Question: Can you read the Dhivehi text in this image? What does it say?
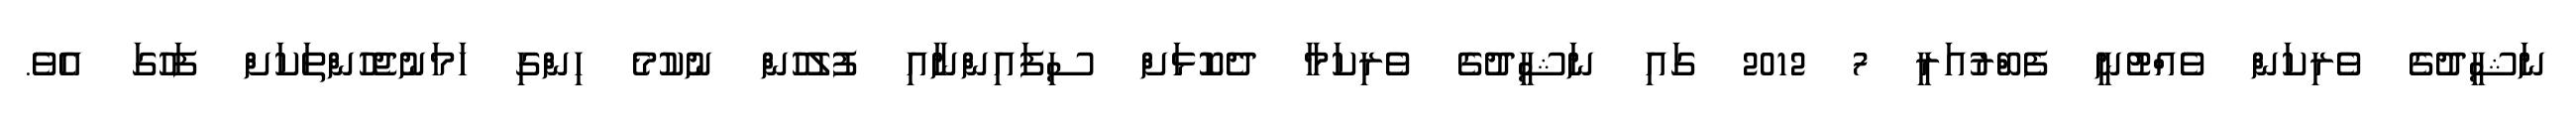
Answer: ނަޝީދުގެ ވެރިކަން ވެއްޓުނީ ފެބްރުއަރީ 7 2012 ގައި ނަޝީދުގެ ވެރިކަމާ ދެކޮޅަށް ސިފައިންނާއި ފުލުހުން ނުކުމެ ހިންގި ހަމަނުޖެހުންތަކަށް ފަހުގަ އެވެ.